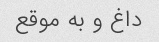
داغ و به موقع